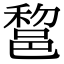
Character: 𨛫